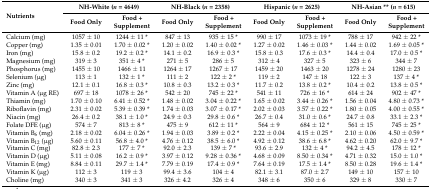
<table><thead><tr><td rowspan="2"><b>Nutrients</b></td><td colspan="2"><b>NH-White (<i>n</i> = 4649)</b></td><td colspan="2"><b>NH-Black (<i>n</i> = 2358)</b></td><td colspan="2"><b>Hispanic (<i>n</i> = 2625)</b></td><td colspan="2"><b>NH-Asian ** (<i>n</i> = 615)</b></td></tr><tr><td><b>Food Only</b></td><td><b>Food + Supplement</b></td><td><b>Food Only</b></td><td><b>Food + Supplement</b></td><td><b>Food Only</b></td><td><b>Food + Supplement</b></td><td><b>Food Only</b></td><td><b>Food + Supplement</b></td></tr></thead><tbody><tr><td>Calcium (mg)</td><td>1057 ± 10</td><td>1244 ± 11 *</td><td>847 ± 13</td><td>935 ± 15 *</td><td>990 ± 17</td><td>1073 ± 19 *</td><td>788 ± 17</td><td>942 ± 22 *</td></tr><tr><td>Copper (mg)</td><td>1.35 ± 0.01</td><td>1.70 ± 0.02 *</td><td>1.20 ± 0.02</td><td>1.40 ± 0.02 *</td><td>1.27 ± 0.02</td><td>1.46 ± 0.03 *</td><td>1.44 ± 0.02</td><td>1.69 ± 0.05 *</td></tr><tr><td>Iron (mg)</td><td>15.8 ± 0.2</td><td>19.2 ± 0.2 *</td><td>14.1 ± 0.2</td><td>16.9 ± 0.3 *</td><td>15.8 ± 0.3</td><td>17.6 ± 0.3 *</td><td>14.4 ± 0.4</td><td>17.0 ± 0.5 *</td></tr><tr><td>Magnesium (mg)</td><td>319 ± 3</td><td>351 ± 4 *</td><td>271 ± 5</td><td>286 ± 5</td><td>312 ± 4</td><td>327 ± 5</td><td>323 ± 6</td><td>344 ± 7</td></tr><tr><td>Phosphorus (mg)</td><td>1455 ± 10</td><td>1466 ± 11</td><td>1264 ± 17</td><td>1267 ± 17</td><td>1459 ± 20</td><td>1463 ± 20</td><td>1278 ± 24</td><td>1280 ± 23</td></tr><tr><td>Selenium (μg)</td><td>113 ± 1</td><td>132 ± 1 *</td><td>111 ± 2</td><td>122 ± 2 *</td><td>119 ± 2</td><td>147 ± 18</td><td>122 ± 3</td><td>137 ± 4 *</td></tr><tr><td>Zinc (mg)</td><td>12.1 ± 0.1</td><td>16.8 ± 0.3 *</td><td>10.8 ± 0.3</td><td>13.2 ± 0.3 *</td><td>11.7 ± 0.2</td><td>13.8 ± 0.2 *</td><td>10.4 ± 0.2</td><td>13.8 ± 0.5 *</td></tr><tr><td>Vitamin A (μg RE)</td><td>697 ± 18</td><td>1078 ± 26 *</td><td>542 ± 20</td><td>745 ± 22 *</td><td>541 ± 11</td><td>726 ± 16 *</td><td>614 ± 24</td><td>902 ± 47 *</td></tr><tr><td>Thiamin (mg)</td><td>1.70 ± 0.10</td><td>6.41 ± 0.52 *</td><td>1.48 ± 0.02</td><td>3.04 ± 0.22 *</td><td>1.65 ± 0.02</td><td>3.44 ± 0.26 *</td><td>1.56 ± 0.04</td><td>4.80 ± 0.73 *</td></tr><tr><td>Riboflavin (mg)</td><td>2.31 ± 0.02</td><td>5.39 ± 0.39 *</td><td>1.74 ± 0.03</td><td>3.07 ± 0.17 *</td><td>2.02 ± 0.03</td><td>3.57 ± 0.22 *</td><td>1.80 ± 0.05</td><td>4.00 ± 0.55 *</td></tr><tr><td>Niacin (mg)</td><td>26.4 ± 0.2</td><td>38.1 ± 1.0 *</td><td>24.9 ± 0.3</td><td>29.8 ± 0.6 *</td><td>26.7 ± 0.4</td><td>31.0 ± 0.6 *</td><td>24.7 ± 0.8</td><td>33.1 ± 2.3 *</td></tr><tr><td>Folate DFE (μg)</td><td>574 ± 7</td><td>813 ± 8 *</td><td>475 ± 9</td><td>612 ± 11 *</td><td>564 ± 9</td><td>684 ± 12 *</td><td>561 ± 15</td><td>745 ± 25 *</td></tr><tr><td>Vitamin B<sub>6</sub> (mg)</td><td>2.18 ± 0.02</td><td>6.04 ± 0.26 *</td><td>1.94 ± 0.03</td><td>3.89 ± 0.2 *</td><td>2.22 ± 0.04</td><td>4.15 ± 0.25 *</td><td>2.10 ± 0.06</td><td>4.50 ± 0.59 *</td></tr><tr><td>Vitamin B<sub>12</sub> (μg)</td><td>5.60 ± 0.11</td><td>56.8 ± 4.0 *</td><td>4.76 ± 0.12</td><td>38.5 ± 6.0 *</td><td>4.92 ± 0.12</td><td>38.6 ± 6.8 *</td><td>4.62 ± 0.20</td><td>62.0 ± 9.7 *</td></tr><tr><td>Vitamin C (mg)</td><td>82.8 ± 2.3</td><td>177 ± 7 *</td><td>92.0 ± 2.3</td><td>139 ± 7 *</td><td>93.6 ± 2.9</td><td>132 ± 4 *</td><td>94.2 ± 4.5</td><td>178 ± 12 *</td></tr><tr><td>Vitamin D (μg)</td><td>5.11 ± 0.08</td><td>16.2 ± 0.9 *</td><td>3.97 ± 0.12</td><td>9.28 ± 0.36 *</td><td>4.68 ± 0.09</td><td>8.50 ± 0.34 *</td><td>4.71 ± 0.32</td><td>15.0 ± 1.0 *</td></tr><tr><td>Vitamin E (mg)</td><td>8.84 ± 0.11</td><td>29.7 ± 1.4 *</td><td>7.79 ± 0.19</td><td>17.4 ± 0.9 *</td><td>7.64 ± 0.19</td><td>17.5 ± 1.4 *</td><td>8.50 ± 0.28</td><td>19.6 ± 1.4 *</td></tr><tr><td>Vitamin K (μg)</td><td>112 ± 3</td><td>119 ± 3</td><td>99.4 ± 3.6</td><td>104 ± 4</td><td>82.1 ± 3.1</td><td>87.0 ± 2.7</td><td>149 ± 10</td><td>157 ± 10</td></tr><tr><td>Choline (mg)</td><td>340 ± 3</td><td>341 ± 3</td><td>326 ± 4.2</td><td>326 ± 4</td><td>348 ± 6</td><td>350 ± 6</td><td>329 ± 8</td><td>330 ± 7</td></tr></tbody></table>